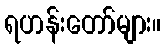
ရဟန်းတော်များ။